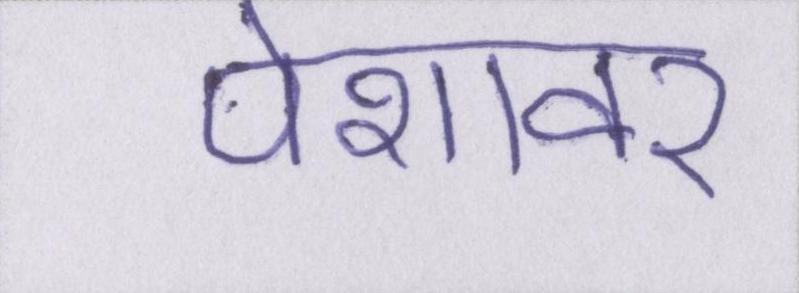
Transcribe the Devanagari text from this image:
पेशावर